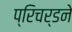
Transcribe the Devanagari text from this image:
प्रिचर्डने